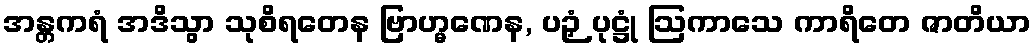
အန္တကရံ အဒိသွာ သုစိရတေန ဗြာဟ္မဏေန, ပဉှံ ပုဋ္ဌုံ ဩကာသေ ကာရိတေ ဇာတိယာ